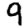
Digit: 9